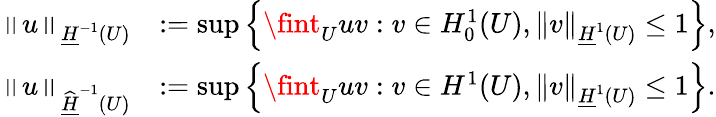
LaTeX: \begin{array}{rl}{\left\| u\right\| _{\underline{{H}}^{-1}(U)}}&{:=\operatorname*{sup}\left\{ \fint_{U}uv:v\in H_{0}^{1}(U),\| v\| _{\underline{{H}}^{1}(U)}\leq 1\right\} ,}\\ {\left\| u\right\| _{\widehat{\underline{{H}}}^{-1}(U)}}&{:=\operatorname*{sup}\left\{ \fint_{U}uv:v\in H^{1}(U),\| v\| _{\underline{{H}}^{1}(U)}\leq 1\right\} .}\end{array}